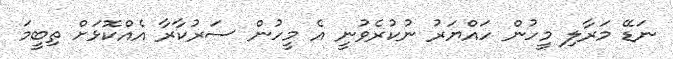
ނަޑޭ މަރާލި މީހުން ހައްޔަރު ނުކުރެވުނީ އެ މީހުން ސަރުކާރާ އެއްކޮޅަށް ތިބީމަ